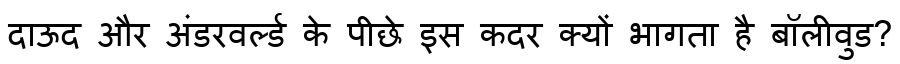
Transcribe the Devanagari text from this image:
दाऊद और अंडरवर्ल्ड के पीछे इस कदर क्यों भागता है बॉलीवुड?